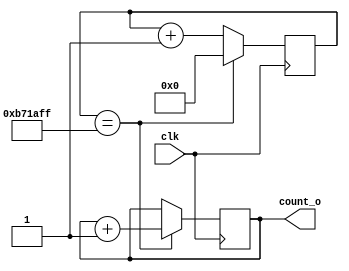
module counter
#(
parameter N         = 5,
parameter c_clkfreq = 12_000_000
)
(
input clk,
output [N-1:0] count_o
);

reg [N-1:0] count = 0;
reg [$clog2(c_clkfreq)-1:0] timer = 0;

always @(posedge clk) begin
    if (timer == c_clkfreq-1) begin
        timer <= 0;
        count <= count + 1;
    end else begin
        timer <= timer + 1;
    end
end

assign count_o = count;

endmodule